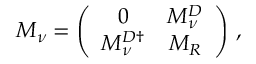
M _ { \nu } = \left( \begin{array} { c c } { { 0 } } & { { M _ { \nu } ^ { D } } } \\ { { M _ { \nu } ^ { D \dag } } } & { { M _ { R } } } \end{array} \right) \, ,